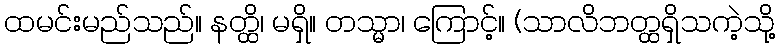
ထမင်းမည်သည်။ နတ္ထိ၊ မရှိ။ တသ္မာ၊ ကြောင့်။ (သာလိဘတ္ထရှိသကဲ့သို့